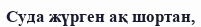
Суда жүрген ақ шортан,